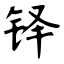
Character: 铎